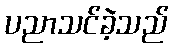
ပညာသင်ခဲ့သည်